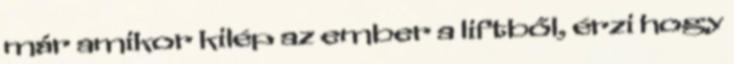
már amikor kilép az ember a liftből, érzi hogy